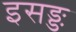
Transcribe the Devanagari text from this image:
इसङ्ङ